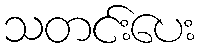
သတင်းပေး